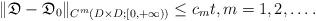
LaTeX: \begin{align*}\|\mathfrak{D}-\mathfrak{D}_0\|_{C^m(D\times D;[0,+\infty))}\le c_m t, m=1,2,\dots.\end{align*}